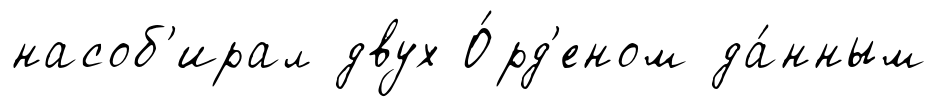
насоб'ирал двух О́рд'еном да́нным